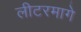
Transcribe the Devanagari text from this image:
लीटरमागे